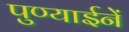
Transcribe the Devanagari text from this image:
पुण्याईनें